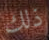
ذلك